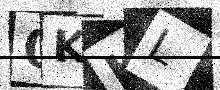
Text: 0KKL